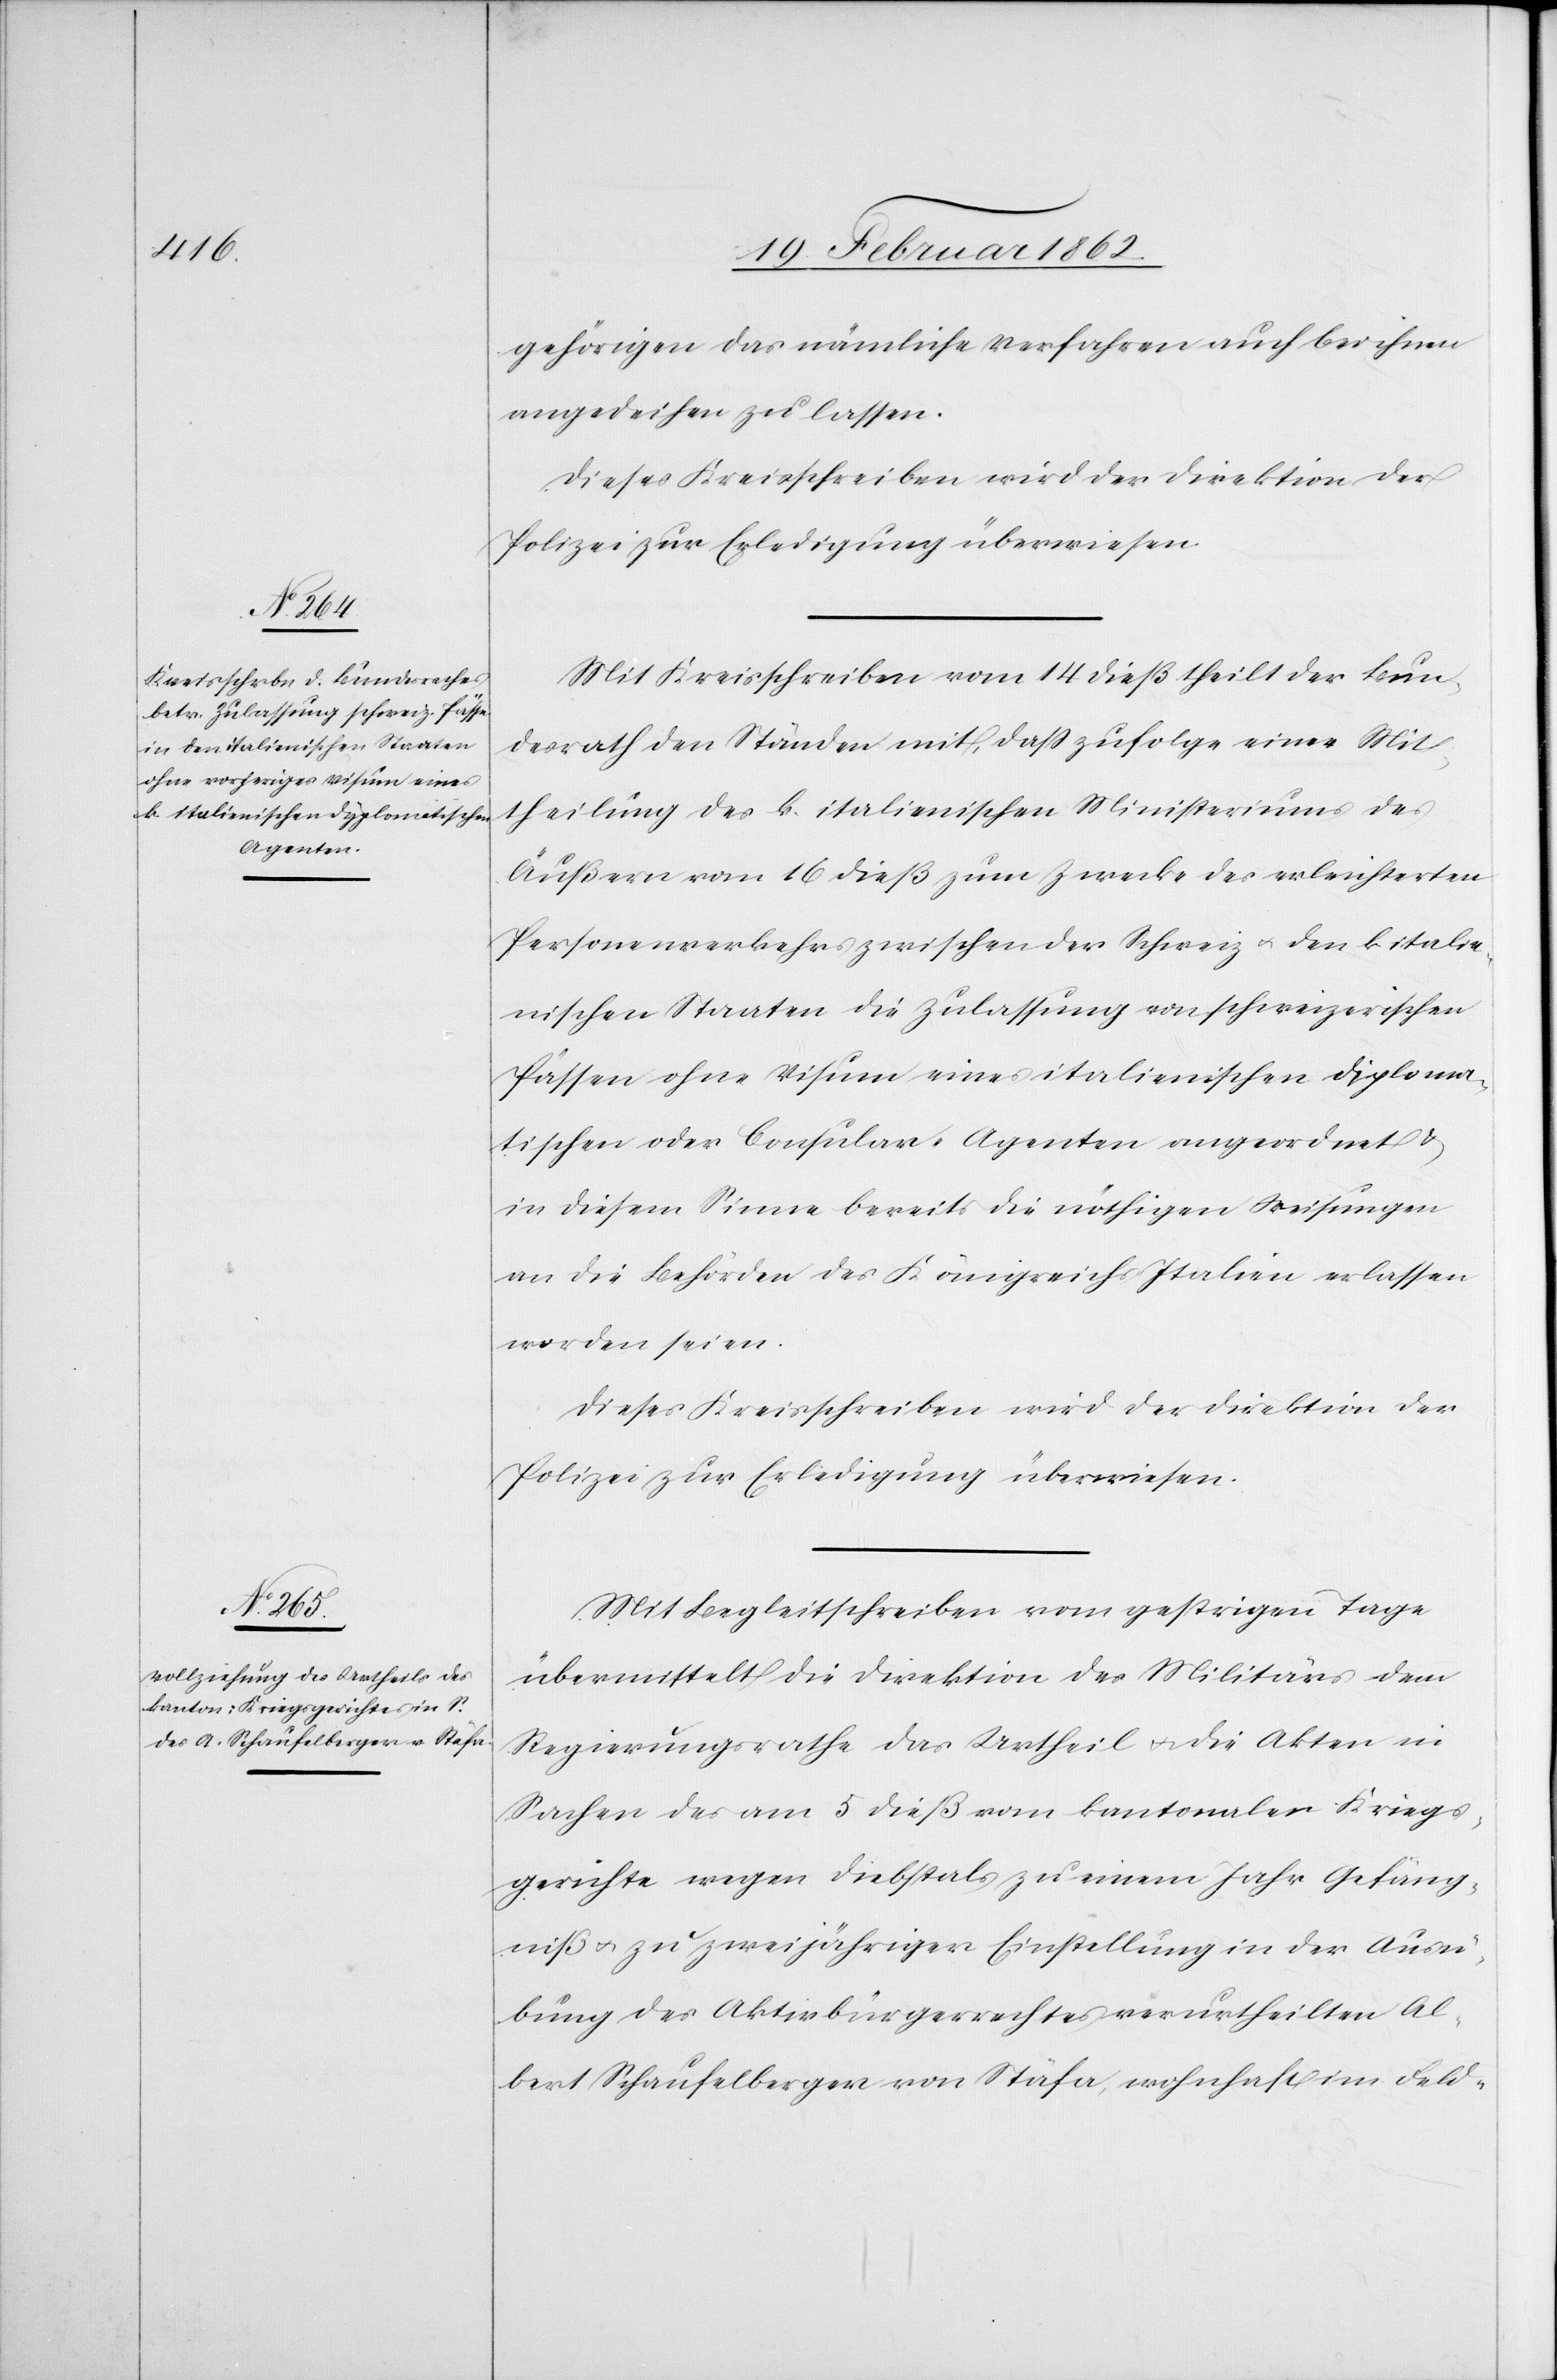
gehörigen das nämliche Verfahren auch bei ihnen
angedeihen zu lassen.
Dieses Kreisschreiben wird der Direktion der
Polizei zur Erledigung überwiesen.
Mit Kreisschreiben vom 14 dieß theilt der Bun¬
desrath den Ständen mit, daß zufolge einer Mit¬
theilung des k. italienischen Ministeriums des
Äußern vom 16 dieß zum Zwecke des erleichterten
Personenverkehrs zwischen der Schweiz u. den k. italie¬
nischen Staaten die Zulassung von schweizerischen
Pässen ohne Visum eines italienischen diploma¬
tischen oder Consular-Agenten angeordnet &
in diesem Sinne bereits die nöthigen Weisungen
an die Behörden des Königreichs Italien erlassen
worden seien.
Dieses Kreisschreiben wird der Direktion der
Polizei zur Erledigung überwiesen.
Mit Begleitschreiben vom gestrigen Tage
übermittelt die Direktion des Militärs dem
Regierungsrathe das Urtheil u. die Akten in
Sachen des am 5 dieß vom kantonalen Kriegs¬
gerichte wegen Diebstals zu einem Jahr Gefäng¬
niß u. zu zweijähriger Einstellung in der Ausü¬
bung des Aktivbürgerrechtes verurtheilten Al¬
bert Schaufelberger von Stäfa, wohnhaft im Feld-